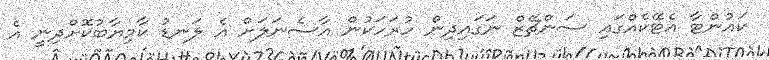
ކައުންޓާ އެޓޭކެއްގައި ސަންޗޭޒް ނަގައިދިން ހުރަހަކުން އާސެނަލަށް އެ ލަނޑު ކާމިޔާބުކޮށްދިނީ އެ